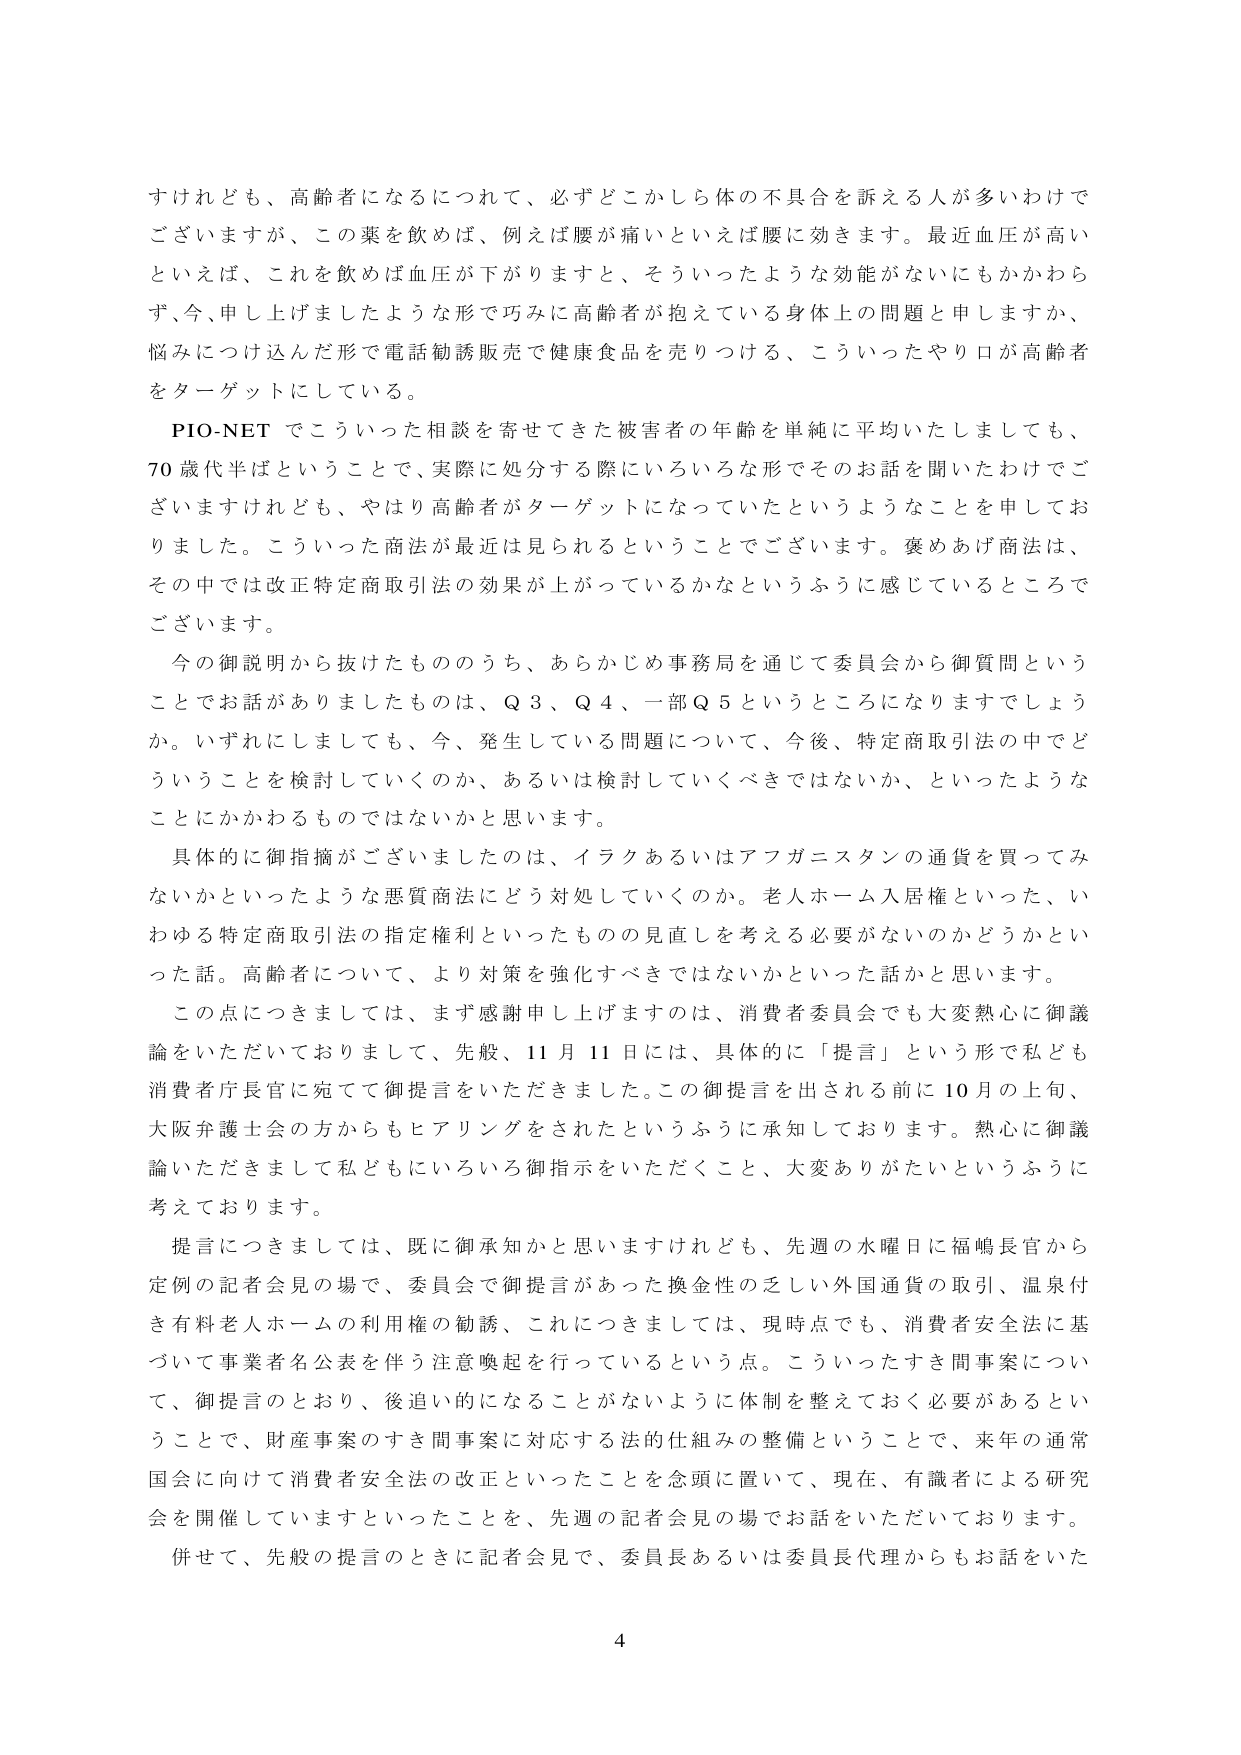
すけれども、高齢者になるにつれて、必ずどこかしら体の不具合を訴える人が多いわけでございますが、この薬を飲めば、例えば腰が痛いといえば腰に効きます。最近血圧が高いといえば、これを飲めば血圧が下がりますと、そういったような効能がないにもかかわらず、今、申し上げましたような形で巧みに高齢者が抱えている身体上の問題と申しますか、悩みにつけ込んだ形で電話勧誘販売で健康食品を売りつける、こういったやり口が高齢者をターゲットにしている。

PIO-NET でこういった相談を寄せてきた被害者の年齢を単純に平均いたしましても、70歳代半ばということで、実際に処分する際にいろいろな形でそのお話を聞いたわけでございますけれども、やはり高齢者がターゲットになっていたというようなことを申し上げました。こういった商法が最近は見られるということでございます。褒めあげ商法は、その中では改正特定商取引法の効果が上がっているかなというふうに感じているところでございます。

今の御説明から抜けたもののうち、あらかじめ事務局を通じて委員会から御質問ということでお話がありましたものは、Q3、Q4、一部Q5というところになりますでしょうか。いずれにしましても、今、発生している問題について、今後、特定商取引法の中でどういうことを検討していくのか、あるいは検討していくべきではないか、といったようなことにかかわるものではないかと思います。

具体的に御指摘がございましたのは、イラクあるいはアフガニスタンの通貨を買ってみないかといったような悪質商法にどう対処していくのか。老人ホーム入居権といった、いわゆる特定商取引法の指定権利といったものの見直しを考える必要がないのかどうかといった話。高齢者について、より対策を強化すべきではないかといった話かと思います。

この点につきましては、まず感謝申し上げますのは、消費者委員会でも大変熱心に御議論をいただいておりまして、先般、11月11日には、具体的に「提言」という形で私ども消費者庁長官に宛てて御提言をいただきました。この御提言を出される前に10月の上旬、大阪弁護士会の方からもヒアリングをされたというふうに承知しております。熱心に御議論いただきまして私どもにいろいろ御指示をいただくこと、大変ありがたいというふうに考えております。

提言につきましては、既に御承知かと思いますけれども、先週の水曜日に福嶋長官から定例の記者会見の場で、委員会で御提言があった換金性の乏しい外国通貨の取引、温泉付き有料老人ホームの利用権の勧誘、これにつきましては、現時点でも、消費者安全法に基づいて事業者名公表を伴う注意喚起を行っているという点。こういったすき間事案について、御提言のとおり、後追い的になることがないように体制を整えておく必要があるということで、財産事案のすき間事案に対応する法的仕組みの整備ということで、来年の通常国会に向けて消費者安全法の改正といったことを念頭に置いて、現在、有識者による研究会を開催していますといったことを、先週の記者会見の場でお話をいただいております。

併せて、先般の提言のときに記者会見で、委員長あるいは委員長代理からもお話をいた

4